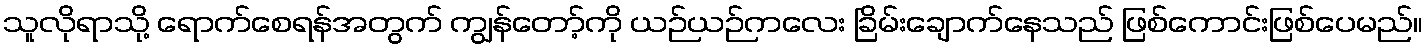
သူလိုရာသို့ ရောက်စေရန်အတွက် ကျွန်တော့်ကို ယဉ်ယဉ်ကလေး ခြိမ်းချောက်နေသည် ဖြစ်ကောင်းဖြစ်ပေမည်။